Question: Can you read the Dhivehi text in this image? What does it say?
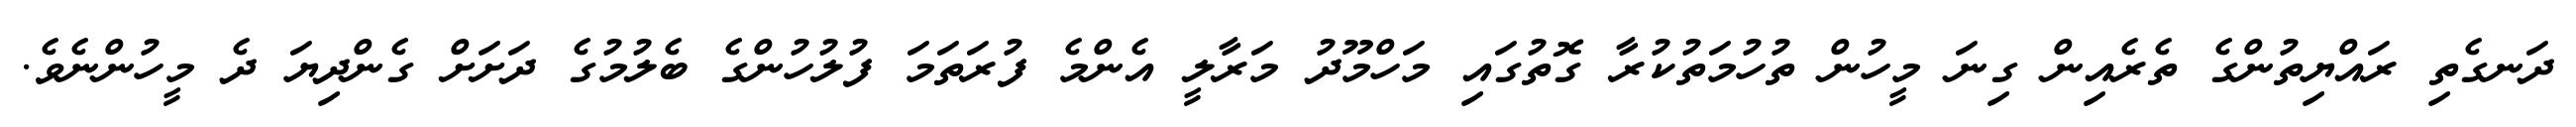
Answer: ދަނގެތި ރައްޔިތުންގެ ތެރެއިން ގިނަ މީހުން ތުހުމަތުކުރާ ގޮތުގައި މަހްމޫދު މަރާލީ އެންމެ ފުރަތަމަ ފުލުހުންގެ ބެލުމުގެ ދަށަށް ގެންދިޔަ ދެ މީހުންނެވެ.